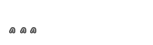
٢٧٧